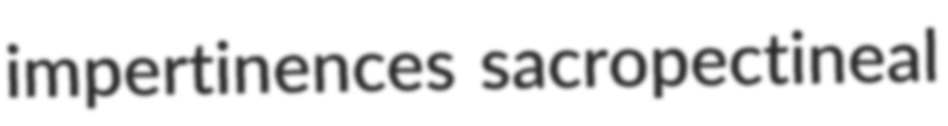
impertinences sacropectineal